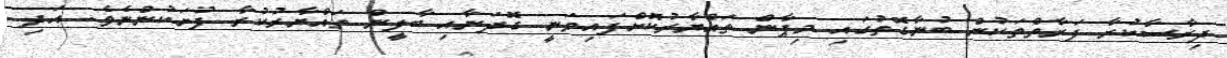
ދިރާސާކުރާ ފަރާތްތަކުން ބުނާގޮތުގައި މިޕާން ތައްޔާރުކޮށްފައިވަނީ ގޮދަނާއި ބާލީން ތައްޔާރުކުރާ ފުށަކުންނެވެ. އަދި